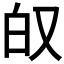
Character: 𫨷